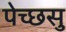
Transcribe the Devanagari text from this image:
पेच्छसु